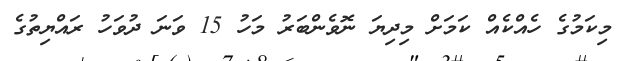
މިކަމުގެ ހެއްކެއް ކަމަށް މިދިޔަ ނޮވެންބަރު މަހު 15 ވަނަ ދުވަހު ރައްޔިތުގެ